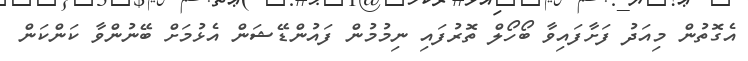
އެގޮތުން މިއަދު ފަށާފައިވާ ބޯހޯލް ތޮރުފައި ނިމުމުން ފައުންޑޭޝަން އެޅުމަށް ބޭނުންވާ ކަންކަން